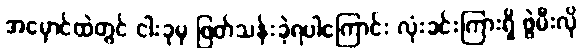
အမှောင်ထဲတွင် ငါးခုမှ ဖြတ်သန်းခဲ့ရပါကြောင်း လုံးခင်းကြားရှိ ဖွဲမီးလို